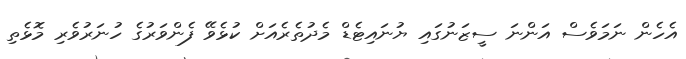
އެހެން ނަމަވެސް އަންނަ ސީޒަނުގައި ޔުނައިޓެޑް މެދުތެރެއަށް ކުޅެވޭ ފެންވަރުގެ ހުނަރުވެރި މޮޅެތި